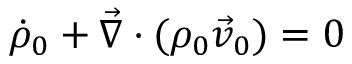
\dot { \rho } _ { 0 } + \vec { \nabla } \cdot ( \rho _ { 0 } \vec { v } _ { 0 } ) = 0